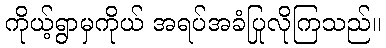
ကိုယ့်ရွာမှကိုယ် အရပ်အခံပြုလိုကြသည်။